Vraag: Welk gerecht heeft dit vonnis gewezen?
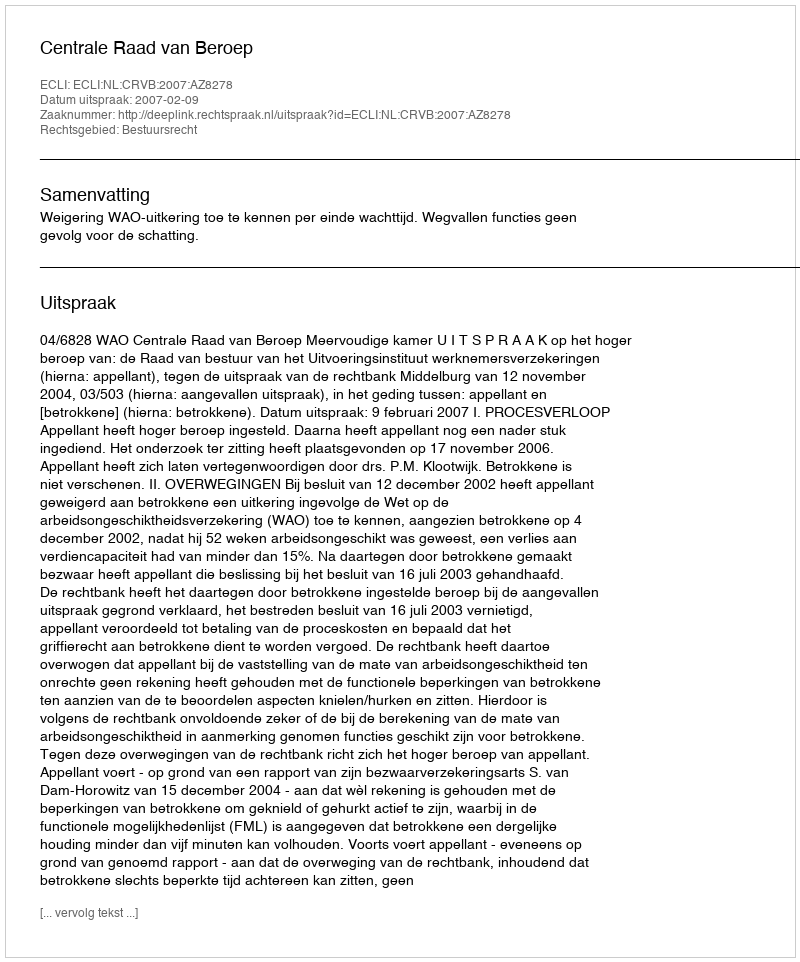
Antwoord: Centrale Raad van Beroep